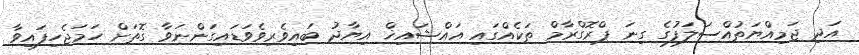
އަދި ޖަމިއްޔަތުއްސަލަފުގެ ގިނަ ޕްރޮގްރާމް ތަކެއްގައި އައްޝައިޚް އިޔާދު ބައިވެރިވެވަޑައިގަންނަވާ ގޮތަށް ހަމަޖެހިފައިވާ